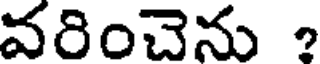
వరించెను ?